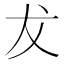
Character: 犮